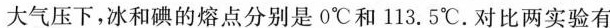
大气压下，冰和碘的熔点分别是0℃和113.5℃。对比两实验有